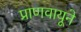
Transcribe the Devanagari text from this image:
प्राणवायूने